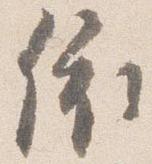
依